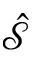
\hat { \mathcal S }